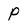
Character: P